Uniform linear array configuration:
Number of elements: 4
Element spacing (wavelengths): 1
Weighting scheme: kaiser
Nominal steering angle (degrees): -15
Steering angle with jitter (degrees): -16.875
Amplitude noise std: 0.05
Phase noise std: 0.05

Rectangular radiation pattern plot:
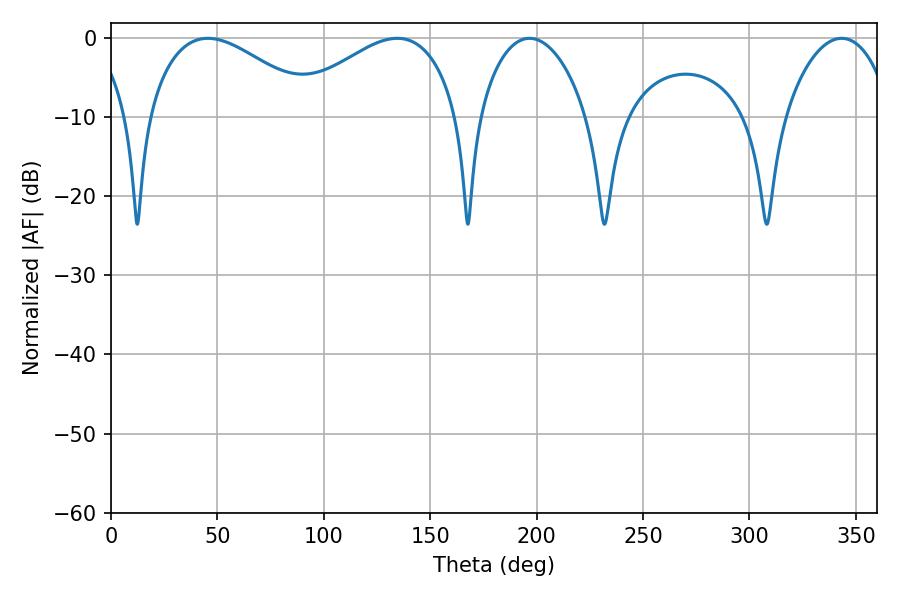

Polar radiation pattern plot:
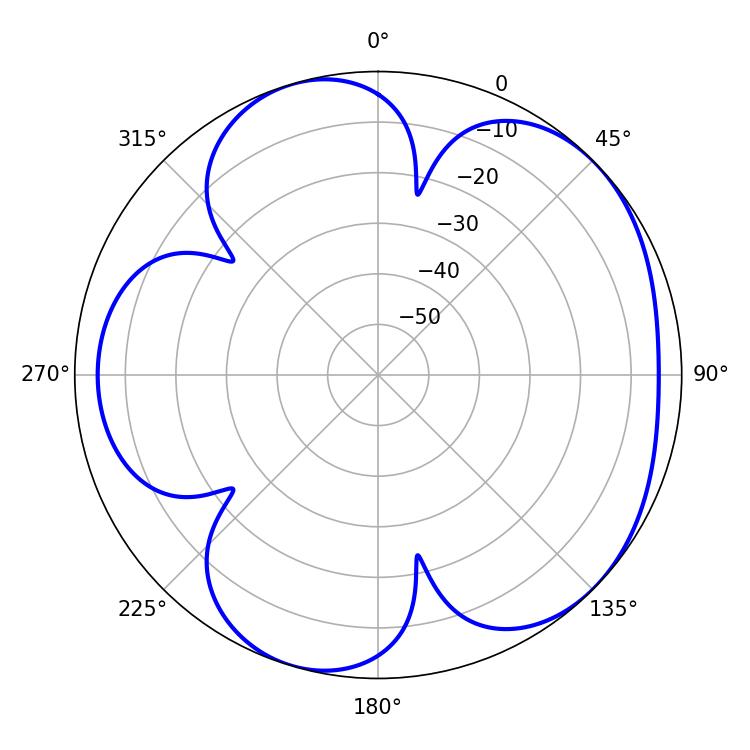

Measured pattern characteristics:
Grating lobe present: TRUE
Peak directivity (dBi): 4.964
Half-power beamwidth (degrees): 43.56
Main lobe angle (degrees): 45.54